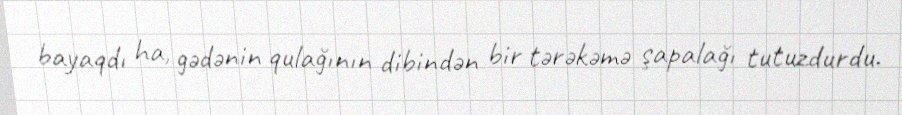
bayaqdı ha, gədənin qulağının dibindən bir tərəkəmə şapalağı tutuzdurdu.